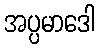
အပ္ပမာဒေါ